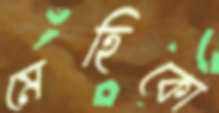
মেহিকো